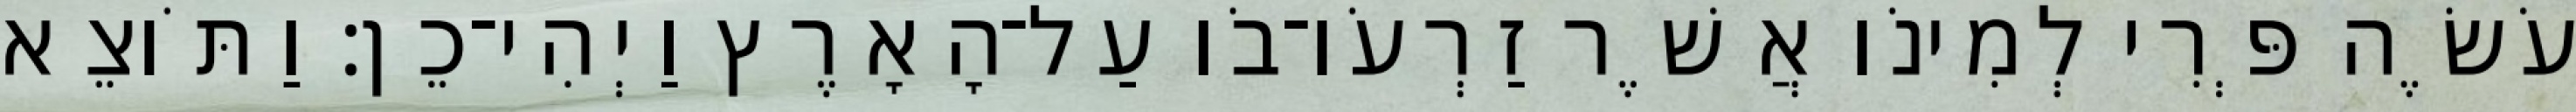
עֹשֶׂה פְּרִי לְמִינֹו אֲשֶׁר זַרְעֹו־בֹו עַל־הָאָרֶץ וַיְהִי־כֵן׃ וַתֹּוצֵא